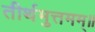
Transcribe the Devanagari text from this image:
तीर्थमुत्तमम्‌॥